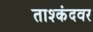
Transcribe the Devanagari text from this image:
ताश्कंदवर